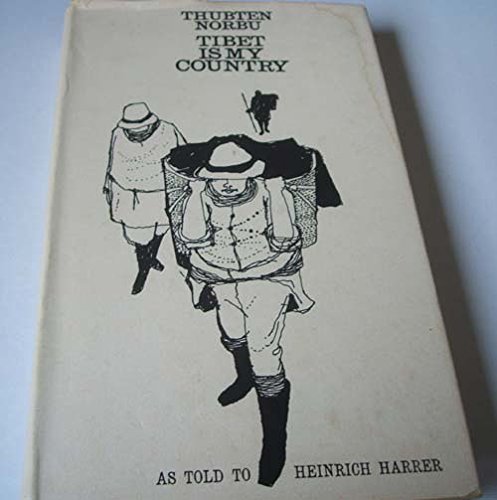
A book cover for Tibet is my country;: The autobiography of Thubten Jigme Norbu, brother of the Dalai Lama, as told to Heinrich Harrer; Thubten Jigme Norbu; Travel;